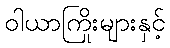
ဝါယာကြိုးများနှင့်